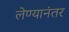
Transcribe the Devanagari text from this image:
लेण्यानंतर